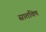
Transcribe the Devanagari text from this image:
सातविण